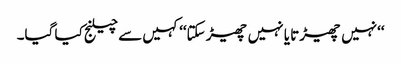
‘‘نہیں چھیڑتا یا نہیں چھیڑ سکتا‘‘ کہیں سے چیلنج کیا گیا۔